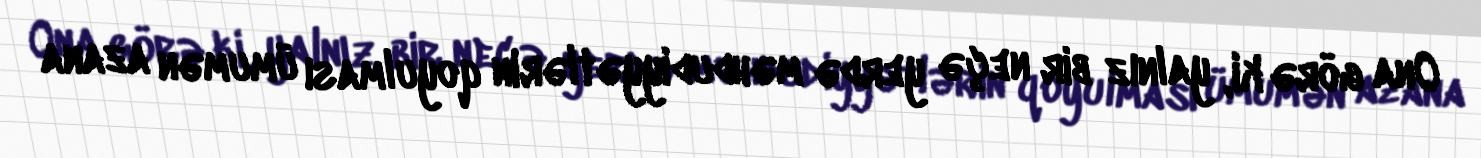
Ona görə ki, yalnız bir neçə yerdə məhdudiyyətlərin qoyulması ümumən azana